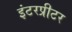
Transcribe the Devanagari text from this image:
इंटरप्रीटर